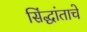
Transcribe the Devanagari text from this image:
सिंद्धांताचे